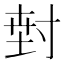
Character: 𭔵